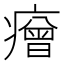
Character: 𤺧